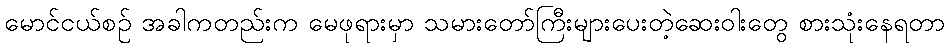
မောင်ငယ်စဉ် အခါကတည်းက မေဖုရားမှာ သမားတော်ကြီးများပေးတဲ့ဆေးဝါးတွေ စားသုံးနေရတာ